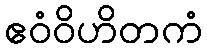
ဧဝံဝိဟိတကံ